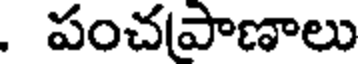
. పంచపాణాలు